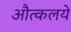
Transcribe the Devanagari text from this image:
औत्कलये